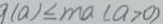
9 ( a ) \leq m a ( a > 0 )